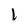
Character: 1